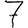
Digit: 7